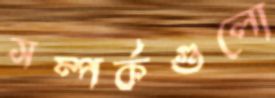
সম্পর্কগুলো